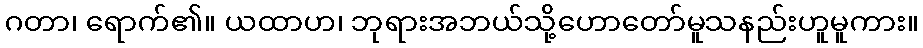
ဂတာ၊ ရောက်၏။ ယထာဟ၊ ဘုရားအဘယ်သို့ဟောတော်မူသနည်းဟူမူကား။